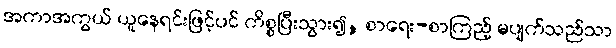
အကာအကွယ် ယူနေရင်းဖြင့်ပင် ကိစ္စပြီးသွား၍, စာရေး-စာကြည့် မပျက်သည်သာ